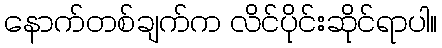
နောက်တစ်ချက်က လိင်ပိုင်းဆိုင်ရာပါ။